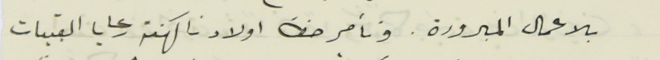
بالاعمال المبرورة. ونأمر حضرة اولادنا كهنة رعايا القبيات